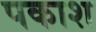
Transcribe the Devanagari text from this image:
पकाश